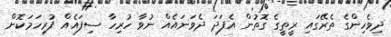
ދިވެހިންގެ ތެރޭގައި ރީތީގެ ގޮތުން އެފަދަ ދެވަނައެއް ނުވާ ހުރިހާ ސިފައެއް ފުރިހަމަކޮށް